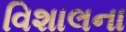
વિશાલના